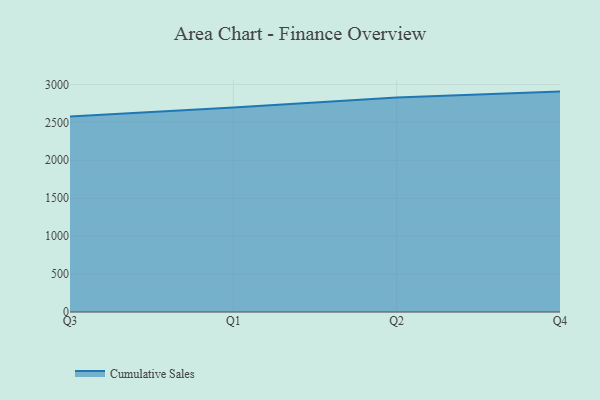
{"axis": {"x": "Quarter", "y": "Population (Million)"}, "legend": ["Cumulative Sales"], "data": [{"x": "Q3", "y": 2578.7, "type": "Cumulative Sales"}, {"x": "Q1", "y": 2697.6, "type": "Cumulative Sales"}, {"x": "Q2", "y": 2827.7, "type": "Cumulative Sales"}, {"x": "Q4", "y": 2905.6, "type": "Cumulative Sales"}]}